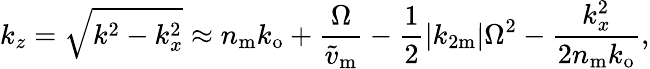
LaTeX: k_{z}=\sqrt{k^{2}-k_{x}^{2}}\approx n_{\mathrm{m}}k_{\mathrm{o}}+\frac{\Omega}{\widetilde{v}_{\mathrm{m}}}-\frac{1}{2}|k_{2\mathrm{m}}|\Omega^{2}-\frac{k_{x}^{2}}{2n_{\mathrm{m}}k_{\mathrm{o}}},